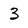
Character: 3